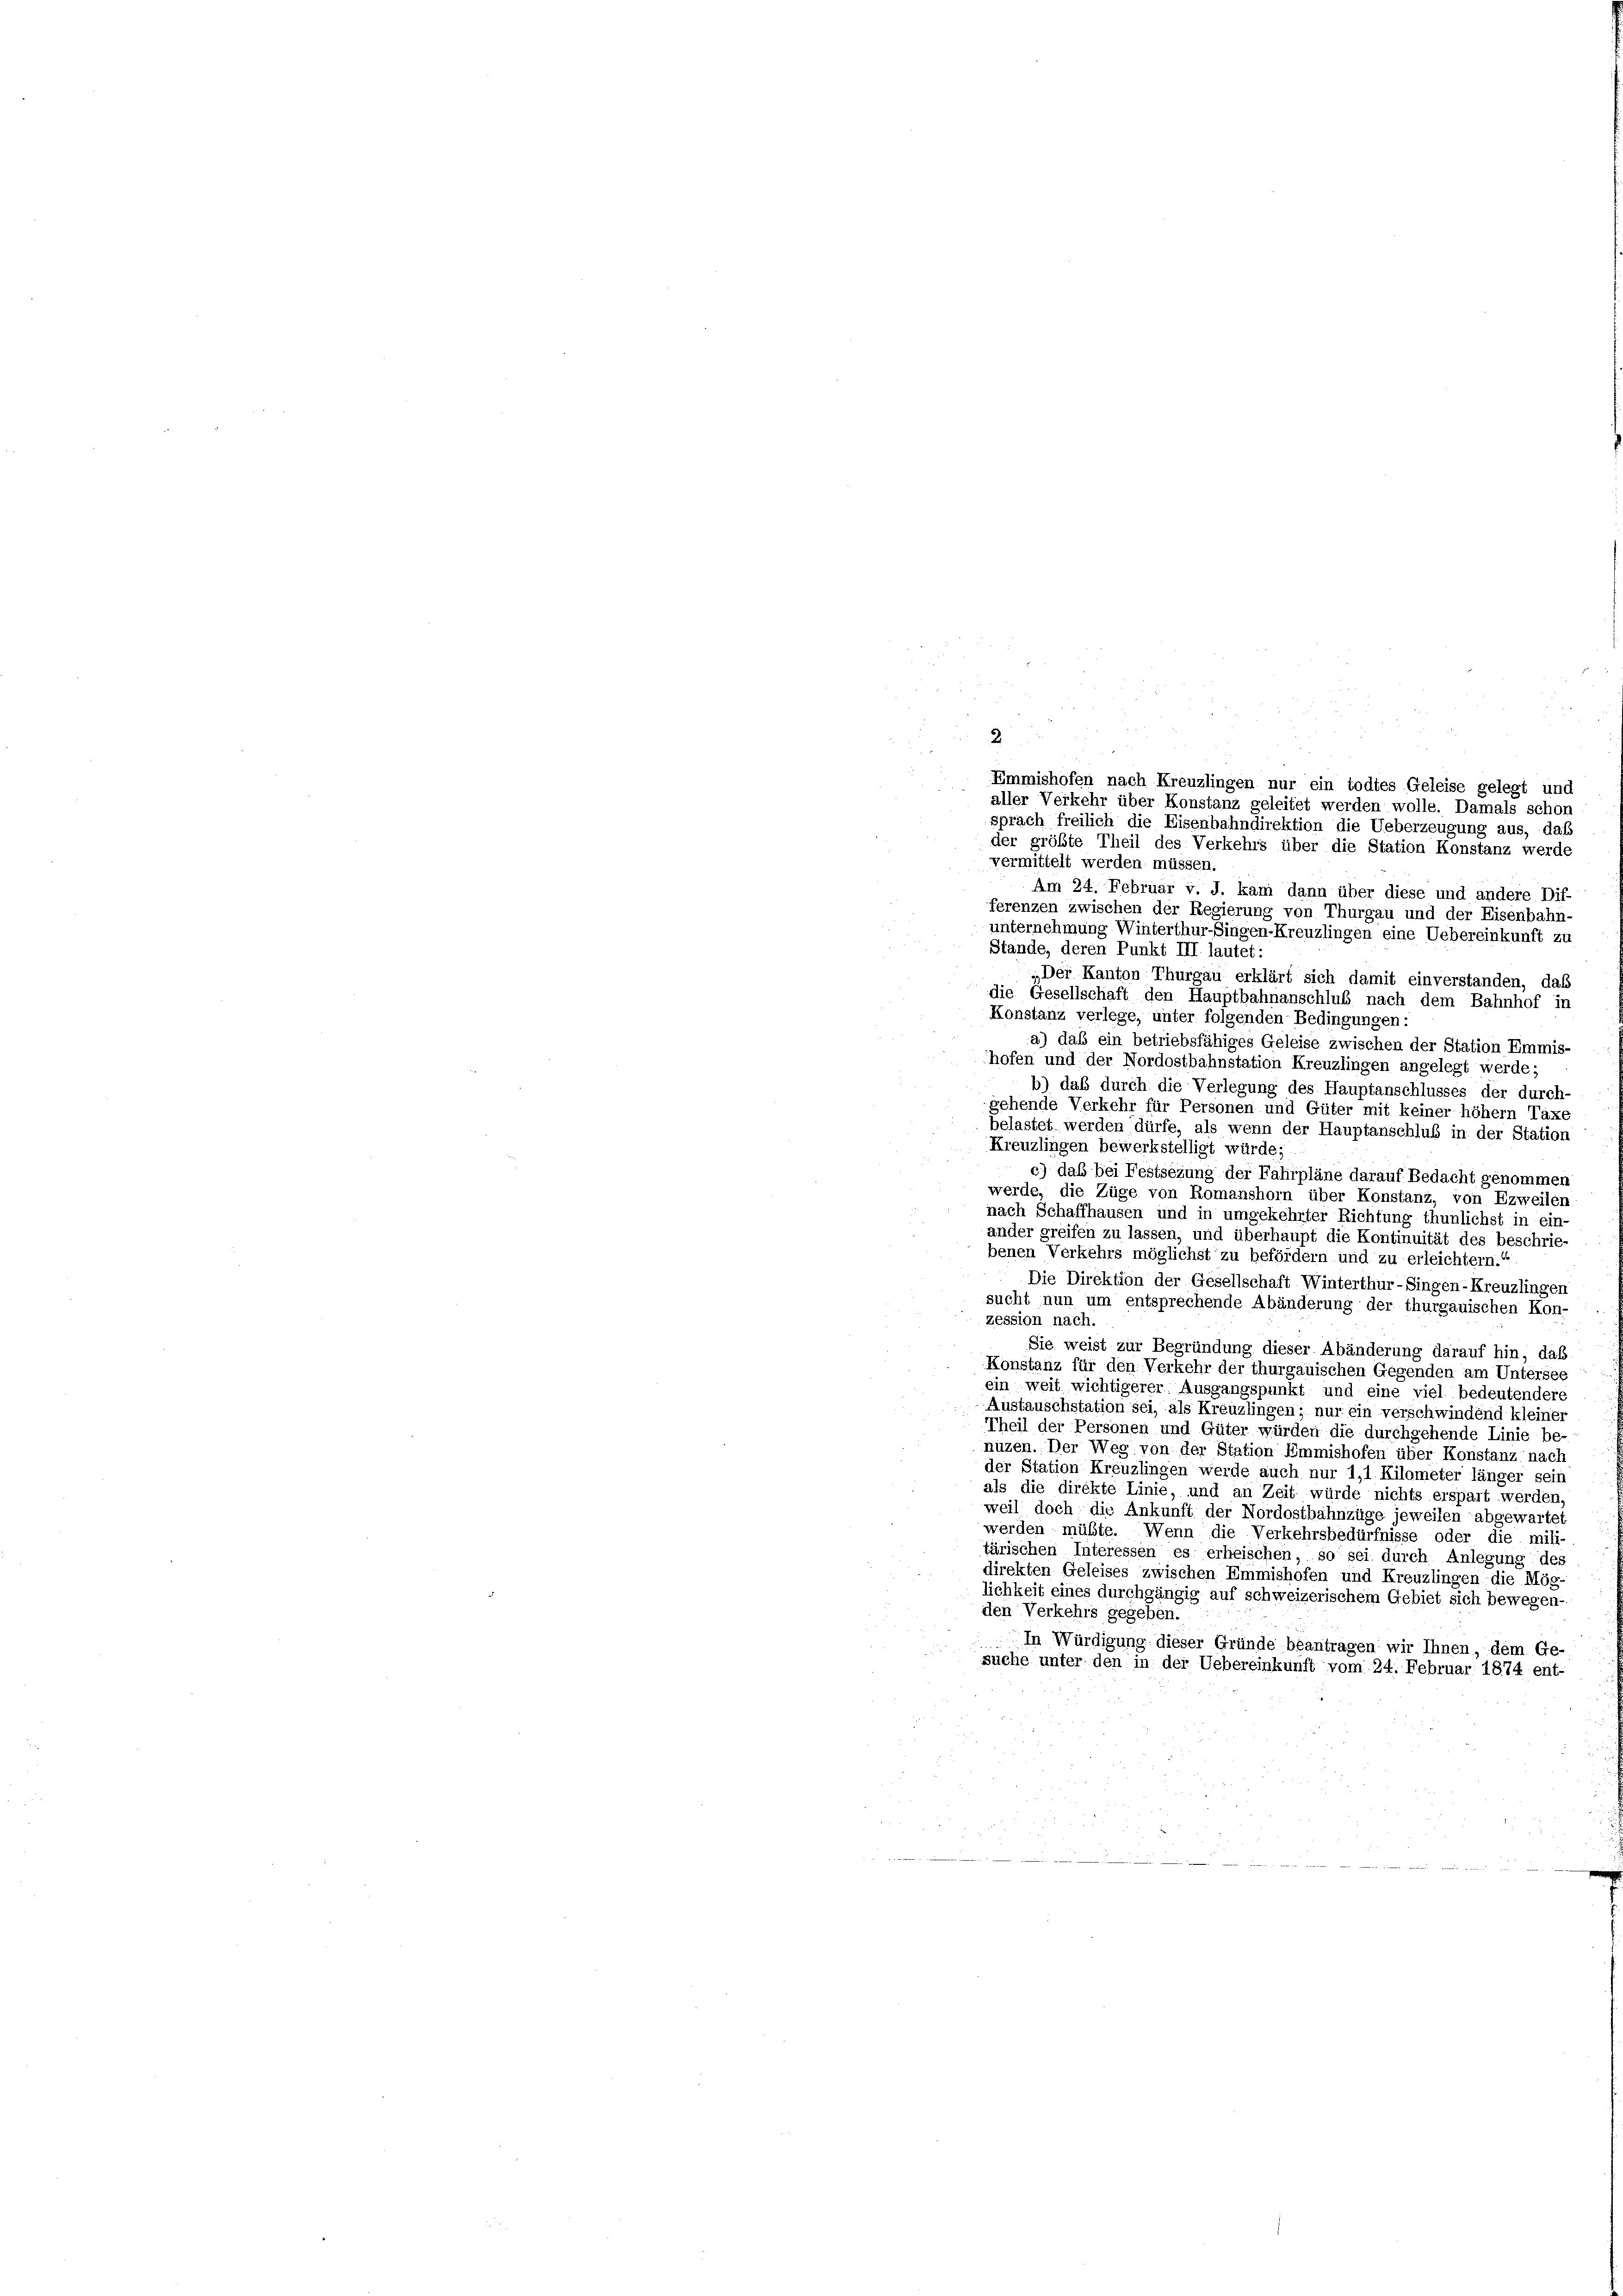
sprach freilich die Eisenbahndirektion die Ueberzeugung aus, das
der größte Theil des Verkehrs über die Station Konstanz werde
vermittelt werden müssen.
Am 24. Februar v. J. kam dann über diese und andere Dif-
ferenzen zwischen der Regierung von Thurgau und der Eisenbahn-
unternehmung Winterthur–Singen-Kreuzlingen eine Uebereinkunft zu
Stande, deren Punkt III. lautet
„Der Kanton Thurgau erklärt sich damit einverstanden, das
die Gesellschaft den Hauptbahnanschluß nach dem Bahnhof in
Konstanz verlege, unter folgenden Bedingungen:
a) das ein betriebsfähiges Geleise zwischen der Station Emmis-
hofen und der Nordostbahnstation Kreuzlingen angelegt werde;
b) daß durch die Verlegung des Hauptanschlusses der durch-
gehende Verkehr für Personen und Güter mit keiner höhem Taxe
belastet werden dürfe, als wenn der Hauptanschluß in der Station
Kreuzlingen bewerkstelligt würde;
c) das bei Festsezung der Fahrpläne darauf Bedacht genommen
werde, die Züge von Romanshorn über Konstanz, von Ezweilen
nach Schaffhausen und in umgekehrter Richtung thunlichst in ein-
ander greifen zu lassen, und überhaupt die Kontinuität des beschrie-
benen Verkehrs möglichst zu befördern und zu erleichtern.“
1
Die Direktion der Gesellschaft Winterthur–Singen-Kreuzlingen
sucht nun um entsprechende Abänderung der thurgauischen Kon-
zession nach.
Sie weist zur Begründung dieser Abänderung darauf hin, daß
Konstanz für den Verkehr der thurgauischen Gegenden am Untersee
ein weit wichtigerer Ausgangspunkt und eine viel bedeutendere
Austauschstation sei, als Kreuzlingen; nur ein verschwindend kleiner
Theil der Personen und Güter würden die durchgehende Linie be-
nuzen. Der Weg von der Station Emmishofen über Konstanz nach
der Station Kreuzlingen werde auch nur 1,1 Kilometer länger sein
als die direkte Linie, und an Zeit würde nichts erspart werden,
weil doch die Ankunft der Nordostbahnzüge jeweilen abgewartet
werden müßte. Wenn die Verkehrsbedürfnisse oder die mili-
tärischen Interessen es erheischen, so sei durch Anlegung des
direkten Geleises zwischen Emmishofen und Kreuzlingen die Mög-
lichkeit eines durchgängig auf schweizerischem Gebiet sich bewegen-
den Verkehrs gegeben.
In Würdigung dieser Gründe beantragen wir Ihnen, dem Ge
suche unter den in der Uebereinkunft vom 24. Februar 1874 ent-

Emmishofen nach Kreuzlingen nur ein todtes Geleise gelegt und
aller Verkehr über Konstanz geleitet werden wolle. Damals schon